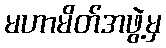
မဟာမိတ်အဖွဲ့မှ